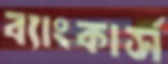
ব্যাংকার্স